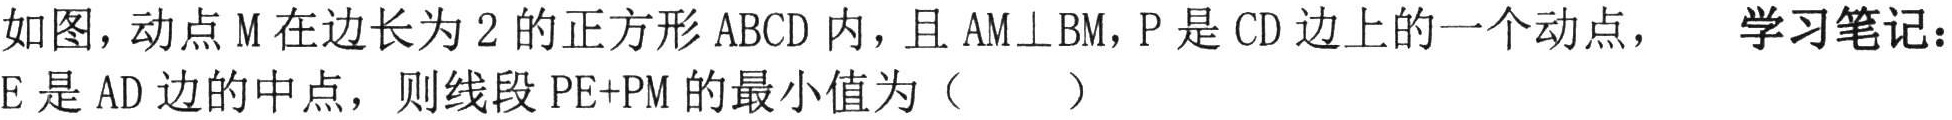
如图，动点\(M\)在边长为\(2\)的正方形\(ABCD\)内，且\(AM\perp BM\)，\(P\)是\(CD\)边上的一个动点， 学习笔记：
\(E\)是\(AD\)边的中点，则线段\(PE + PM\)的最小值为（  ）